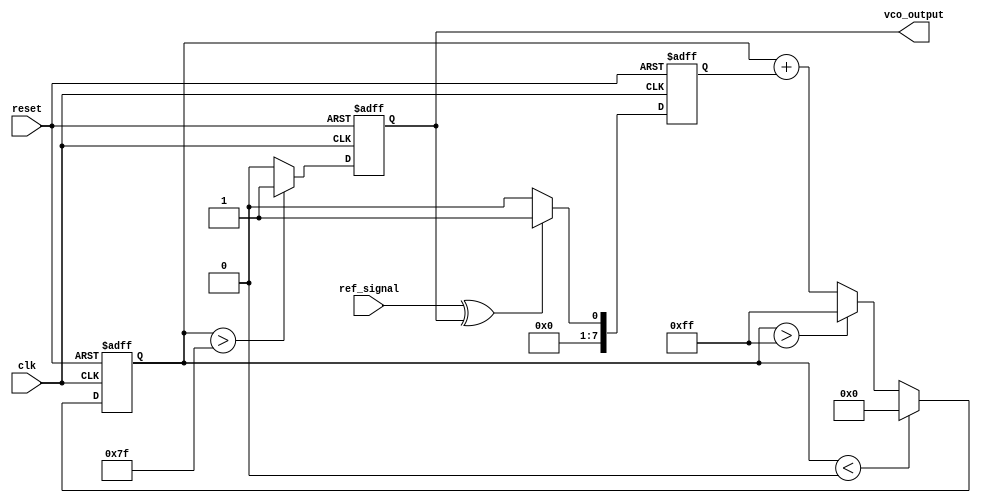
module DPLL (
    input wire clk,               // System clock
    input wire reset,             // Reset signal
    input wire ref_signal,        // Reference signal input
    output reg vco_output         // VCO output signal
);

// Parameters
parameter MEMORY_SIZE = 16;     // Size of the memory block
parameter PHASE_RESOLUTION = 8; // Resolution of phase detector
parameter VCO_MAX_FREQ = 255;   // Max frequency for VCO
parameter VCO_MIN_FREQ = 0;     // Min frequency for VCO

// Internal signals
reg [PHASE_RESOLUTION-1:0] phase_error; // Phase error signal
reg [PHASE_RESOLUTION-1:0] control_signal; // Control signal for VCO
reg [PHASE_RESOLUTION-1:0] memory [0:MEMORY_SIZE-1]; // Memory block
reg [3:0] mem_index; // Memory index for storing phase errors

// Phase Detector (PD)
always @(posedge clk or posedge reset) begin
    if (reset) begin
        phase_error <= 0;
    end else begin
        // Simple phase detector logic (XOR for example)
        phase_error <= (ref_signal ^ vco_output) ? 1 : 0; // Simplified phase error
    end
end

// Loop Filter (LF)
always @(posedge clk or posedge reset) begin
    if (reset) begin
        control_signal <= 0;
    end else begin
        // Simple proportional filter
        control_signal <= control_signal + phase_error; // Integrate phase error
        // Limit control signal to VCO range
        if (control_signal > VCO_MAX_FREQ) control_signal <= VCO_MAX_FREQ;
        if (control_signal < VCO_MIN_FREQ) control_signal <= VCO_MIN_FREQ;
    end
end

// Voltage-Controlled Oscillator (VCO)
always @(posedge clk or posedge reset) begin
    if (reset) begin
        vco_output <= 0;
    end else begin
        // VCO output frequency based on control signal
        vco_output <= (control_signal > (VCO_MAX_FREQ / 2)) ? 1 : 0; // Simplified VCO output
    end
end

// Memory Block
always @(posedge clk or posedge reset) begin
    if (reset) begin
        mem_index <= 0;
    end else begin
        // Store phase error in memory
        memory[mem_index] <= phase_error;
        mem_index <= (mem_index + 1) % MEMORY_SIZE; // Circular buffer
    end
end

endmodule